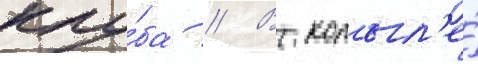
клу́ба // В копыл'е́